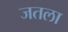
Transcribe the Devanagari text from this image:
जतला